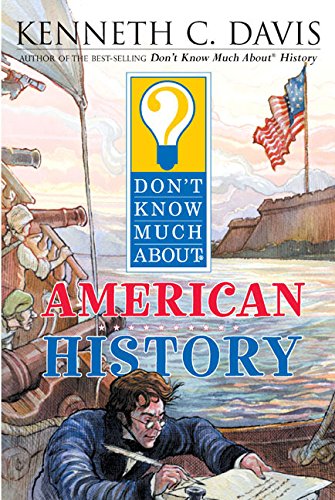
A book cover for Don't Know Much About American History; Kenneth C. Davis; History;